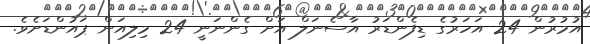
އުމުރުން 24 އަހަރުގެ ޑިފެންޑަރު އާސެނަލް އަށް ގެންނަނީ 24 މިލިއަން ޕައުންޑަށެވެ.